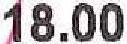
18.00